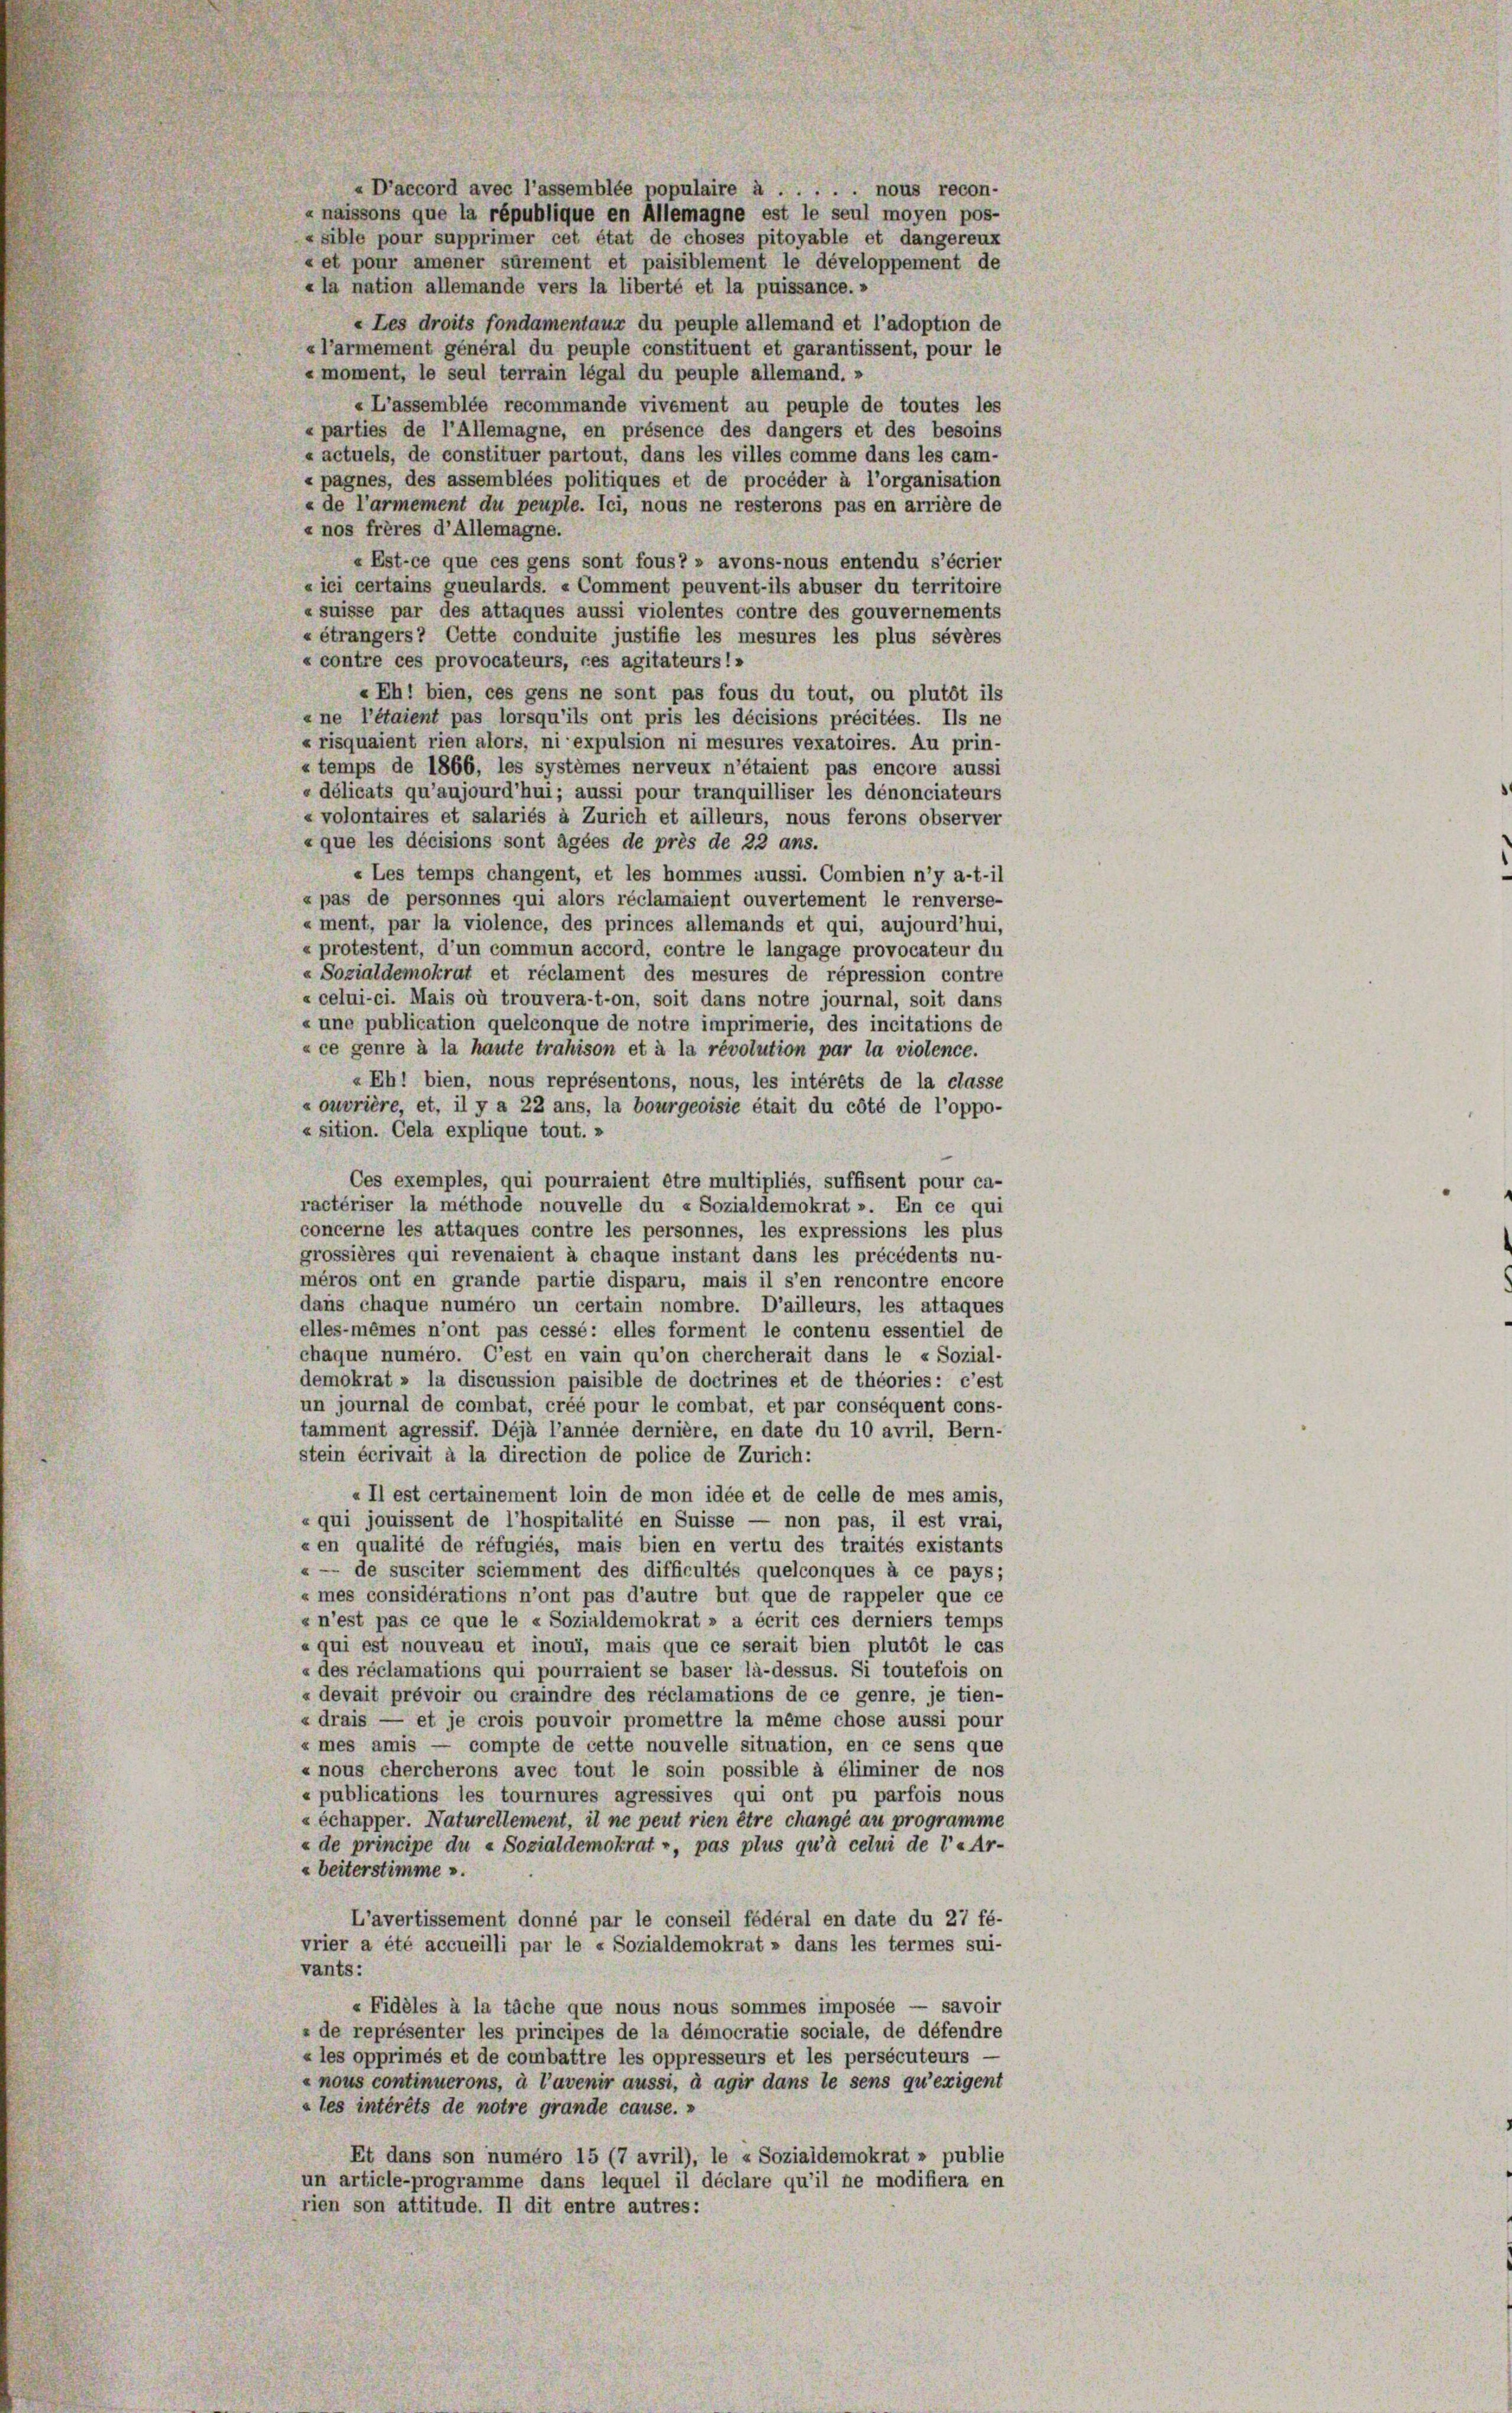
«D’accord avec l’assemblée populaire à . . . . . nous recon-
« naissons que la république en Allemagne est le seul moyen pos-
« sible pour supprimer cet état de choses pitoyable et dangereux
« et pour amener sûrement et paisiblement le développement de
« la nation allemande vers la liberté et la puissance.»
« Les droits fondamentaux du peuple allemand et l’adoption de
« l’armement général du peuple constituent et garantissent, pour le
« moment, le seul terrain légal du peuple allemand. »
«L’assemblée recommande vivement au peuple de toutes les
« parties de l’Allemagne, en présence des dangers et des besoins
»actuels, de constituer partout, dans les villes comme dans les cam-
« pagnes, des assemblées politiques et de procéder à l’organisation
« de l’armement du peuple. Ici, nous ne resterons pas en arrière de
« nos frères d’ Allemagne.
«Est-ce que ces gens sont fous? » avons-nous entendu s’écrier
« ici certains gueulards. « Comment peuvent-ils abuser du territoire
«suisse par des attaques aussi violentes contre des gouvernements
« étrangers? Cette conduite justifie les mesures les plus sévères
« contre ces provocateurs, ces agitateurs: »
«Ehi bien, ces gens ne sont pas fous du tout, ou plutôt ils
« ne l’étaient pas lorsqu’ils ont pris les décisions précitées. Ils ne
« risquaient rien alors, ni expulsion ni mesures vexatoires. Au prin-
« temps de 1866, les systèmes nerveux n’étaient pas encore aussi
« délicats qu’aujourd’hui; aussi pour tranquilliser les dénonciateurs
« volontaires et salariés à Zürich et ailleurs, nous ferons observer
« que les décisions sont âgées de près de 22 ans.
« Les temps changent, et les hommes aussi. Combien n’y a-t-il
« pas de personnes qui alors réclamaient ouvertement le renverse-
« ment, par la violence, des princes allemands et qui, aujourd’hui,
« protestent, d’un commun accord, contre le langage provocateur du
«Sozialdemokrat et réclament des mesures de répression contre
« celui-ci. Mais où trouvera-t-on, soit dans notre journal, soit dans
« une publication quelconque de notre imprimerie, des incitations de
« ce genre à la haute trahison et à la révolution par la violence.
« Ehl bien, nous représentons, nous, les intérêts de la classe
« ouvrière, et, il y a 22 ans, la bourgeoisie était du côté de l’oppo-
« sition. Cela explique tout. »
Ces exemples, qui pourraient être multipliés, suffisent pour ca-
ractériser la methode nouvelle du « Sozialdemokrat ». En ce qui
concerne les attaques contre les personnes, les expressions les plus
grossières qui revenaient à chaque instant dans les précédents nu-
méros ont en grande partie disparu, mais il s’en rencontre encore
dans chaque numéro un certain nombre. D’ailleurs, les attaques
elles-mêmes n’ont pas cessé: elles forment le contenu essentiel de
chaque numéro. C’est en vain qu’on chercherait dans le « Sozial-
demokrat » la discussion paisible de doctrines et de théories: c’est
un journal de combat, créé pour le combat, et par conséquent cons-
tamment agressif. Déjà l’année dernière, en date du 10 avril, Bern-
stein écrivait à la direction de police de Zürich:
«Il est certainement loin de mon idée et de celle de mes amis,
« qui jouissent de l’hospitalité en Suisse — non pas, il est vrai,
«en qualité de réfugiés, mais bien en vertu des traités existants
« — de susciter sciemment des difficultés quelconques à ce pays;
« mes considérations n’ont pas d’autre but que de rappeler que ce
s n’est pas ce que le « Sozialdemokrat » a écrit ces derniers temps
« qui est nouveau et inoui, mais que ce serait bien plutôt le cas
« des réclamations qui pourraient se baser la-dessus. Si toutefois on
« devait prévoir ou craindre des réclamations de ce genre, je tien-
« drais — et je crois pouvoir promettre la même chose aussi pour
« mes amis — compte de cette nouvelle situation, en ce sens que
« nous chercherons avec tout le soin possible à éliminer de nos
« publications les tournures agressives qui ont pu parfois nous
« échapper. Naturellement, il ne peut rien être changé au programme
« de principe du «Sozialdemokrat», pas plus qu’à celui de l’« Ar-
« beiterstimme ».
L’avertissement donné par le conseil fédéral en date du 27 fé-
vrier a été accueilli par le « Sozialdemokrat » dans les termes sui-
vants:
«Fidèles à la täche que nous nous sommes imposée — savoir
» de représenter les principes de la démocratie sociale, de défendre
« les opprimés et de combattre les oppresseurs et les persécuteurs -
« nous continuerons, à l’avenir aussi, à agir dans le sens qu’exigent
» les intérêts de notre grande cause. »
Et dans son numéro 15 (7 avril), le « Sozialdemokrat » publie
un article-programme dans lequel il déclare qu’il ne modifiera en
rien son attitude. Il dit entre autres: